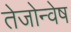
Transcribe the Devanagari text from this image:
तेजोन्वेष